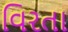
વિરતા